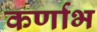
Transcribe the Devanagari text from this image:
कर्णाभ